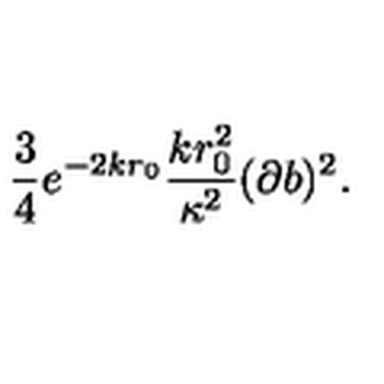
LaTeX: \frac { 3 } { 4 } e ^ { - 2 k r _ { 0 } } \frac { k r _ { 0 } ^ { 2 } } { \kappa ^ { 2 } } ( \partial b ) ^ { 2 } .